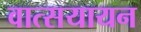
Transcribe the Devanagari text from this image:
वात्सयायन